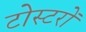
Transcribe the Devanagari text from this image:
टोस्टरों